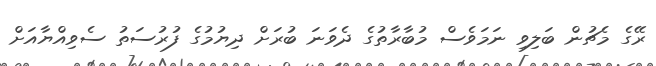
ރޭގެ މެޗުން ބަލިވި ނަމަވެސް މުބާރާތުގެ ދެވަނަ ބުރަށް ދިޔުމުގެ ފުރުސަތު ސެވިއްޔާއަށް